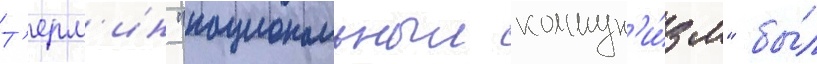
Т'ерм'ин "национальныи коммун'и́зм" бы́л